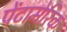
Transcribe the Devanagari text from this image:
पेंटामेरिक